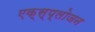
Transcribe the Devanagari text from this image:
एक्स्प्लोजन